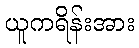
ယူကရိန်းအား